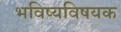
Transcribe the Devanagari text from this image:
भविष्यविषयक